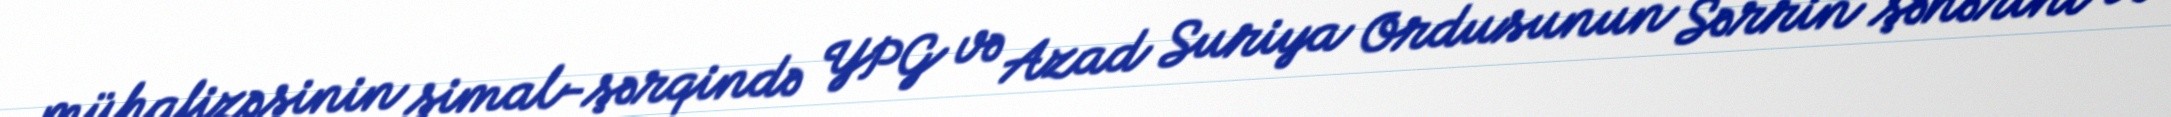
mühafizəsinin şimal-şərqində YPG və Azad Suriya Ordusunun Sərrin şəhərini və